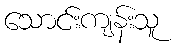
သောင်းကျန်းသူ